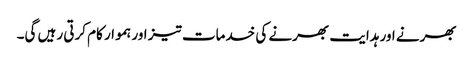
بھرنے اور ہدایت بھرنے کی خدمات تیز اور ہموار کام کرتی رہیں گی۔